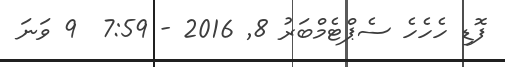
ފޮޑި ހެހެހެ ސެޕްޓެމްބަރު 8